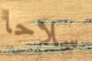
سلاحا